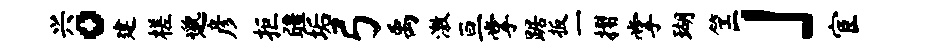
兴。建槎邈彦拒疆垢弓禹激亘掌踞扳一摺掌瑚筐」宦